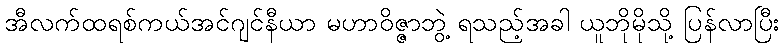
အီလက်ထရစ်ကယ်အင်ဂျင်နီယာ မဟာဝိဇ္ဇာဘွဲ့ ရသည့်အခါ ယူဘိုမိုသို့ ပြန်လာပြီး